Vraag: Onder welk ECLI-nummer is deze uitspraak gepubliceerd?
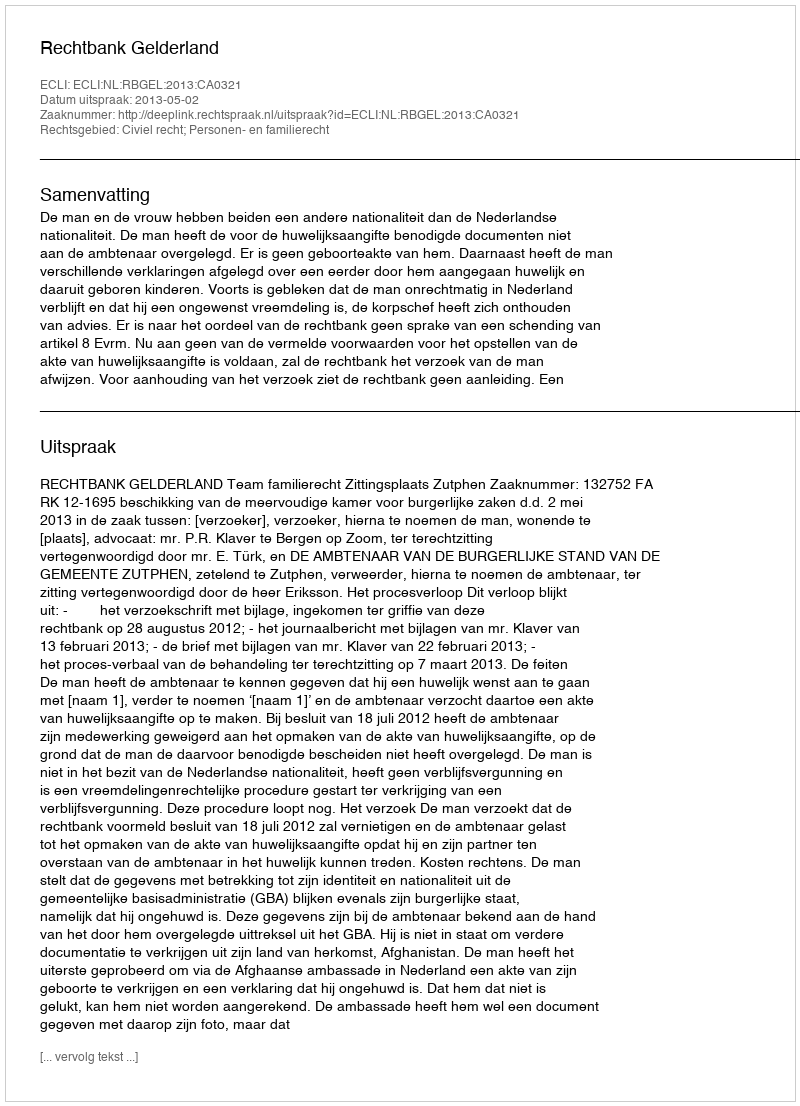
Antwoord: ECLI:NL:RBGEL:2013:CA0321